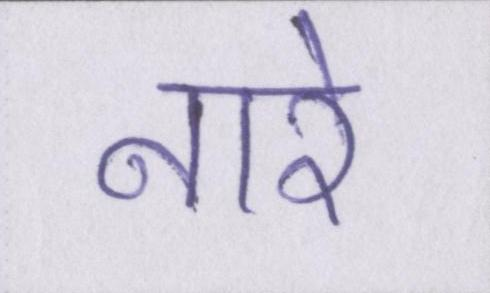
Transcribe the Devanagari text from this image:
नारे